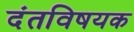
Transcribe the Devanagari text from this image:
दंतविषयक